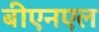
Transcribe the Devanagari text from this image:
बीएनएल